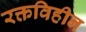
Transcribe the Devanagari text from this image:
रक्तविहीन